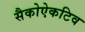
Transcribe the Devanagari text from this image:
सैकोऐकटिव